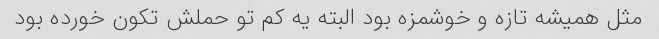
مثل همیشه تازه و خوشمزه بود البته یه کم تو حملش تکون خورده بود